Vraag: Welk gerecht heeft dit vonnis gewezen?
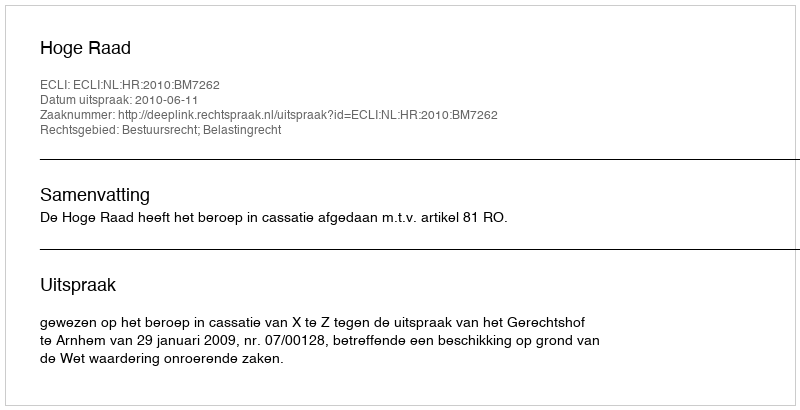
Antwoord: Hoge Raad